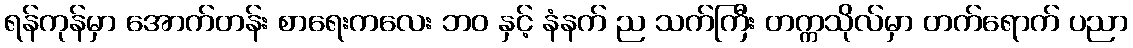
ရန်ကုန်မှာ အောက်တန်း စာရေးကလေး ဘဝ နှင့် နံနက် ည သက်ကြီး တက္ကသိုလ်မှာ တက်ရောက် ပညာ